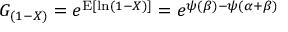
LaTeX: G _ { ( 1 - X ) } = e ^ { \operatorname { E } [ \ln ( 1 - X ) ] } = e ^ { \psi ( \beta ) - \psi ( \alpha + \beta ) }